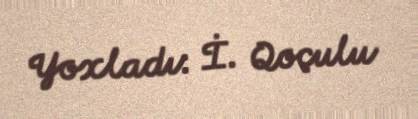
Yoxladı: İ. Qoçulu